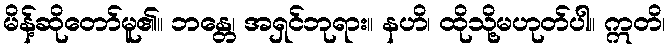
မိန့်ဆိုတော်မူ၏။ ဘန္တေ၊ အရှင်ဘုရား။ နဟိ၊ ထိုသို့မဟုတ်ပါ။ ဣတိ၊